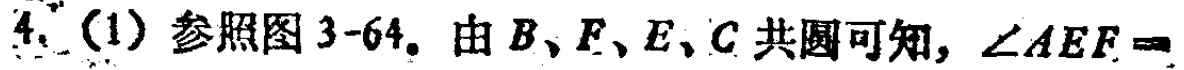
4.（1）参照图3-64。由\(B、F、E、C\)共圆可知，\(\angle AEF =\)